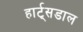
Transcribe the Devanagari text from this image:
हार्ट्‌सडाल